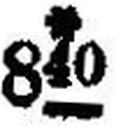
*840